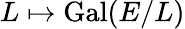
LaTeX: L\mapsto{\mathrm{Gal}}(E/L)